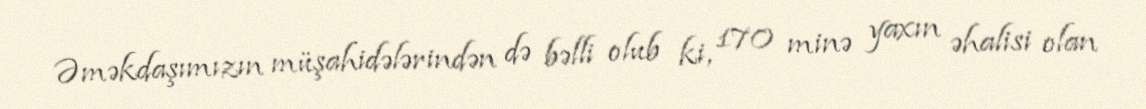
Əməkdaşımızın müşahidələrindən də bəlli olub ki, 170 minə yaxın əhalisi olan